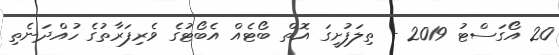
20 އޯގަސްޓު 2019 - ތިލަފުށީގަ އޮތް ބޯޓެއް އެބޯޓުގެ ވެރިފަރާތުގެ ހުއްދަނެތި